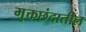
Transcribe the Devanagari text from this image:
मुक्तछंदातील